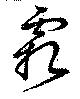
霜